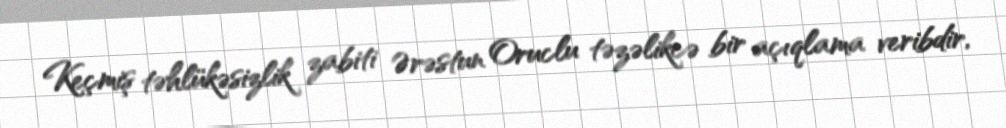
Keçmiş təhlükəsizlik zabiti Ərəstun Oruclu təzəlikcə bir açıqlama veribdir,